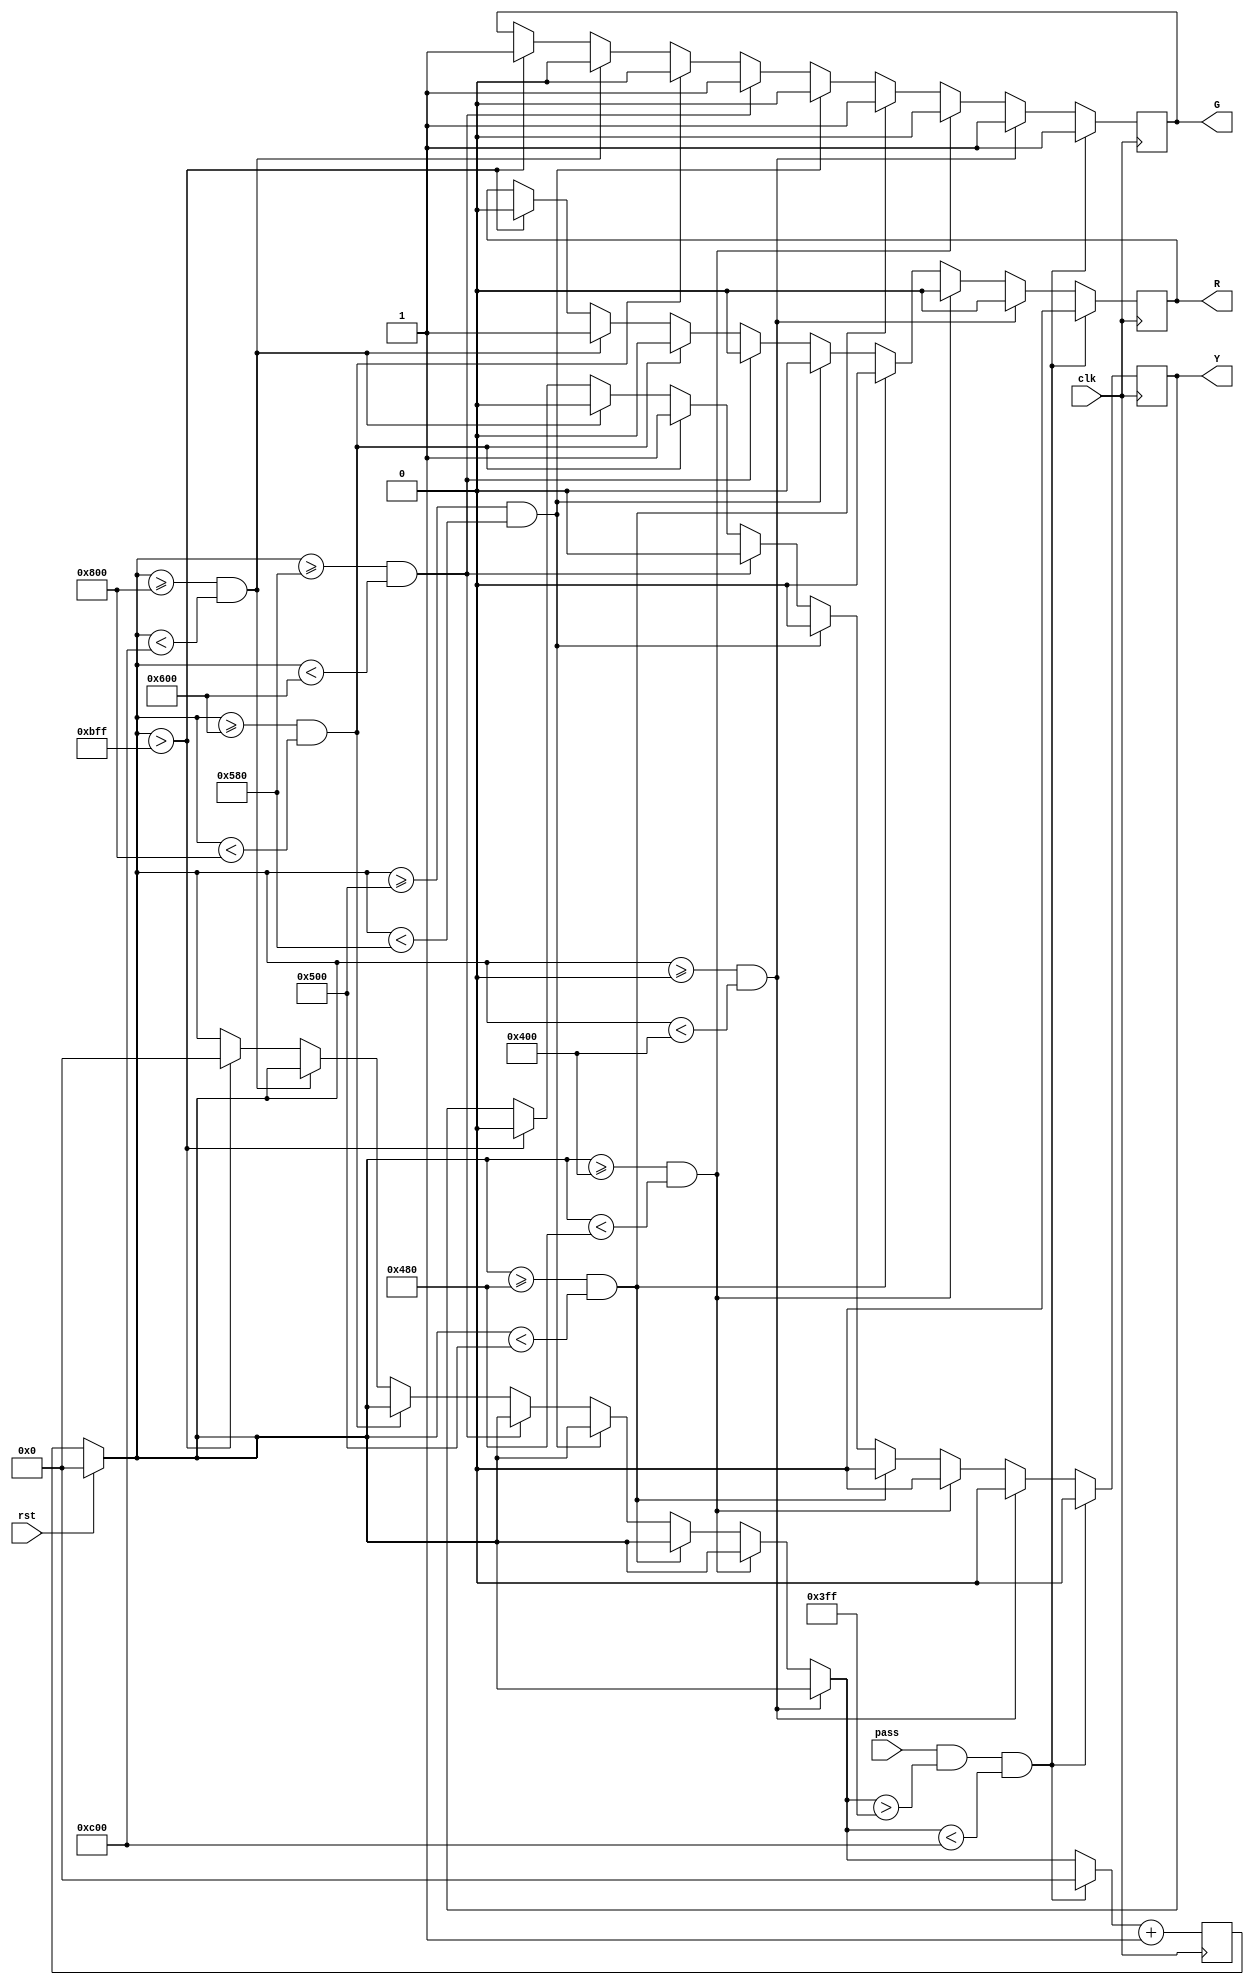
module traffic_light (clk,rst,pass,R,G,Y);

//write your code here
input  clk;
input  rst;
input  pass;
output R;
output G;
output Y;
reg [11:0]count = 0;
reg R,G,Y;

always @( posedge clk ) begin
	if( rst == 1 ) begin
		count = 0;
	end
	else begin
	end
	if (count >= 0 && count < 1024) begin
		R = 0;
		G = 1;
		Y = 0;
	end
	else if (count >= 1024 && count < 1152) begin
		R = 0;
		G = 0;
		Y = 0;
	end
	else if (count >= 1152 && count < 1280) begin
		R = 0;
		G = 1;
		Y = 0;
	end
	else if (count >= 1280 && count < 1408) begin
		R = 0;
		G = 0;
		Y = 0;
	end
	else if (count >= 1408 && count < 1536) begin
		R = 0;
		G = 1;
		Y = 0;
	end
	else if (count >= 1536 && count < 2048) begin
		R = 0;
		G = 0;
		Y = 1;
	end
	else if (count >= 2048 && count < 3072) begin
		R = 1;
		G = 0;
		Y = 0;
	end
	else if (count > 3071) begin
		count = 0;
		R = 0;
		G = 1;
		Y = 0;
	end
	else begin
	end
	if(pass == 1 && count > 1023 && count < 3072) begin
		R = 0;
		G = 1;
		Y = 0;
		count = 0;
	end
	else begin
	end
	count = count + 1;
end

endmodule